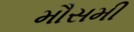
મૌસમી